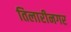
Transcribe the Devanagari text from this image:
तिलारीनगर